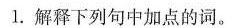
1.解释下列句中加点的词。